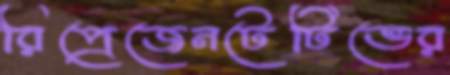
রিপ্রেজেনটেটিভের